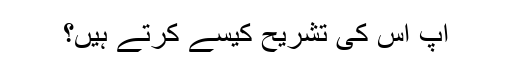
آپ اس کی تشریح کیسے کرتے ہیں؟